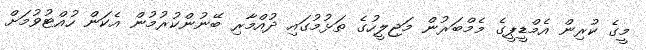
މީގެ ކުރިން އެމްޑީޕީގެ މެމްބަރުން މަޖިލީހުގެ ތަޅުމުގައި ދުއްމާރި ބޭނުންކުރުމުން އެކަން ހުއްޓުވުމަށް